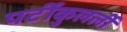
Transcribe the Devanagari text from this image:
पर्टीकुलर्ली